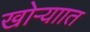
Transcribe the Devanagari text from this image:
खोऱ्याात